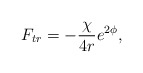
\begin{align*}F_{tr}=-\frac{\chi}{4r}e^{2 \phi},\end{align*}